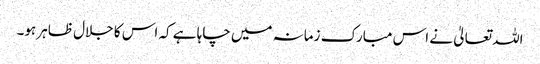
اللہ تعالیٰ نے اس مبارک زمانہ میں چاہا ہے کہ اس کا جلال ظاہر ہو۔